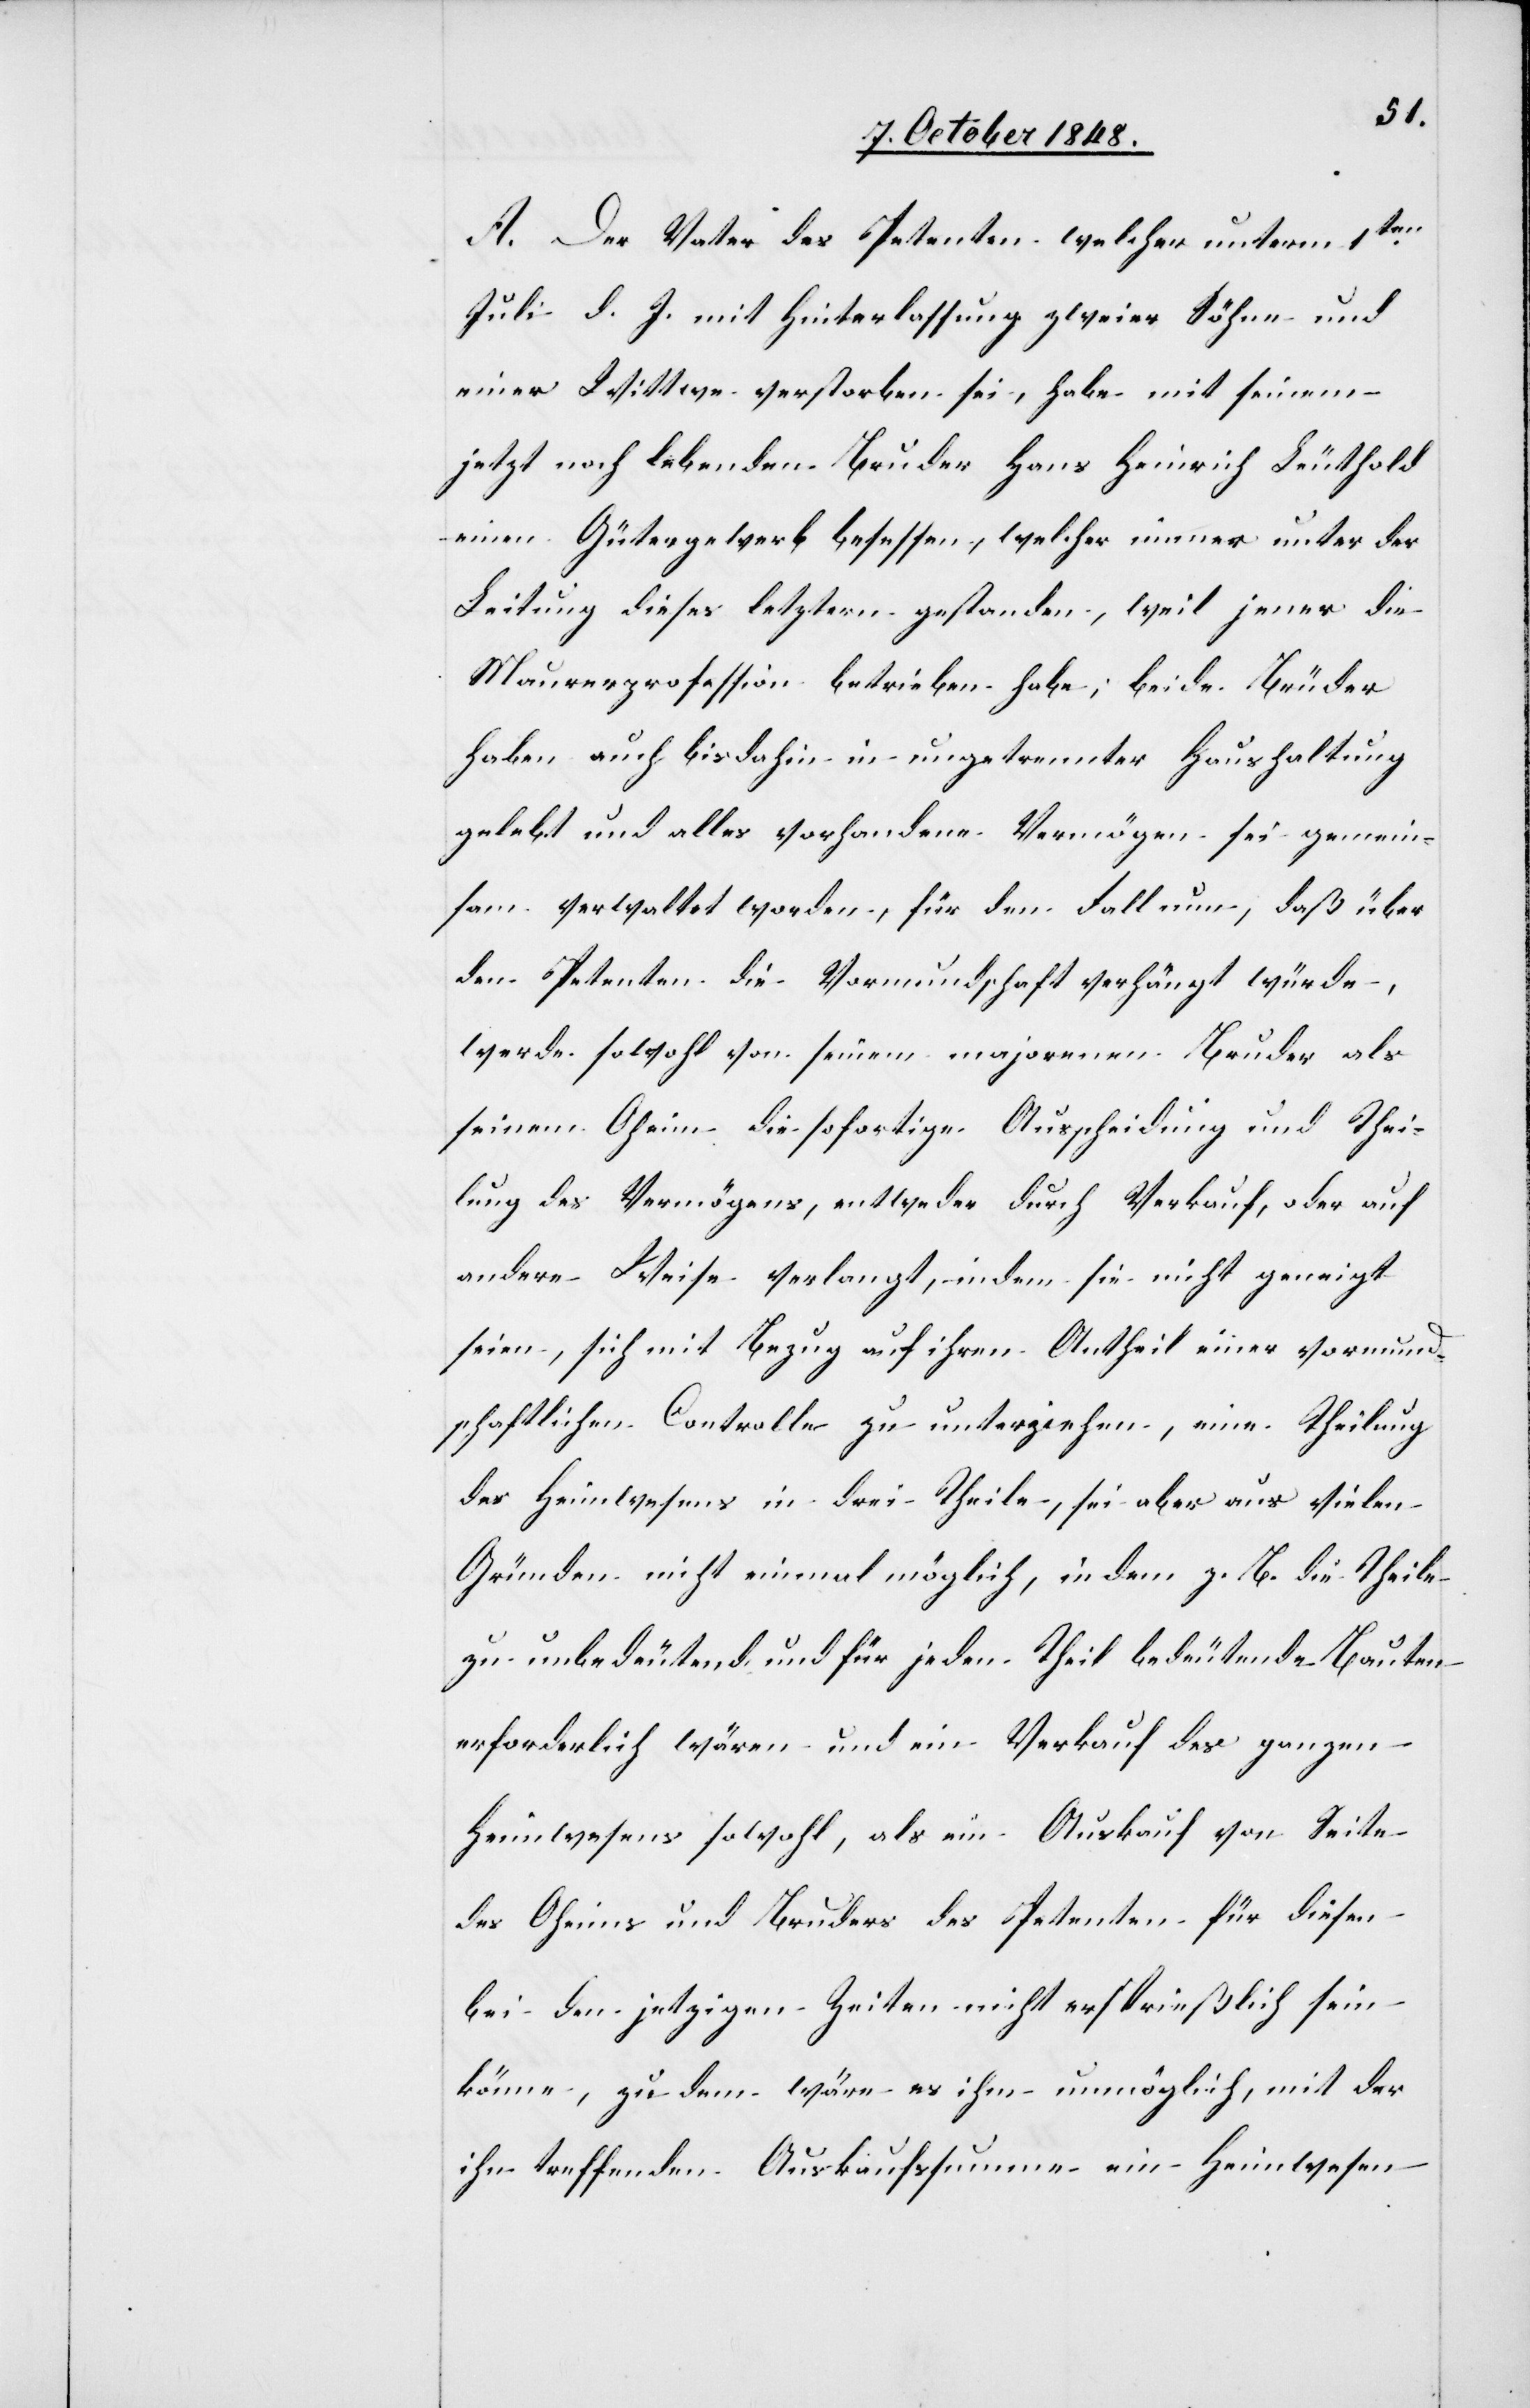
A. Der Vater des Petenten welcher unterm 1ten.
Juli d. J. mit Hinterlassung zweier Söhne und
einer Wittwe verstorben sei, habe mit seinem
jetzt noch lebenden Bruder Hans Heinrich Leuthold
einen Gütergewerb besessen, welcher immer unter der
Leitung dieses letztern gestanden, weil jener die
Maurerprofession betrieben habe; beide Brüder
haben auch bis dahin in ungetrennter Haushaltung
gelebt und alles vorhandene Vermögen sei gemein¬
sam verwaltet worden, für den Fall nun, daß über
den Petenten die Vormundschaft verhängt würde,
werde sowohl von seinem majorenen Bruder als
seinem Oheim die sofortige Ausscheidung und Thei¬
lung des Vermögens, entweder durch Verkauf, oder auf
andere Weise verlangt, indem sie nicht geneigt
seien, sich mit Bezug auf ihren Antheil einer vormund¬
schaftlichen Controlle zu unterziehen, eine Theilung
des Heimwesens in drei Theile, sei aber aus vielen
Gründen nicht einmal möglich, in dem z. B. die Theile
zu unbedeutend und für jeden Theil bedeutende Bauten
erforderlich wären und ein Verkauf des ganzen
Heimwesens sowohl, als ein Auskauf von Seite
des Oheims und Bruders des Petenten für diesen
bei den jetzigen Zeiten nicht ersprießlich sein
könne, zu dem wäre es ihm unmöglich, mit der
ihn treffenden Auskaufssumme ein Heimweisen